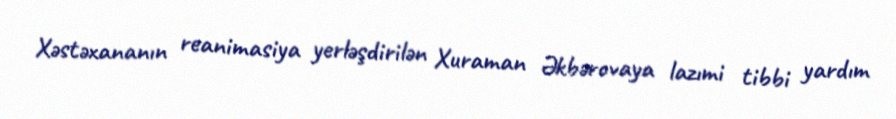
Xəstəxananın reanimasiya yerləşdirilən Xuraman Əkbərovaya lazımi tibbi yardım